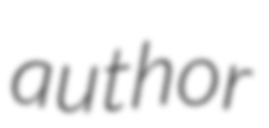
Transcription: author